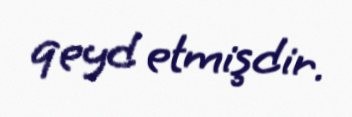
qeyd etmişdir.